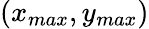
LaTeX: (x_{max},y_{max})